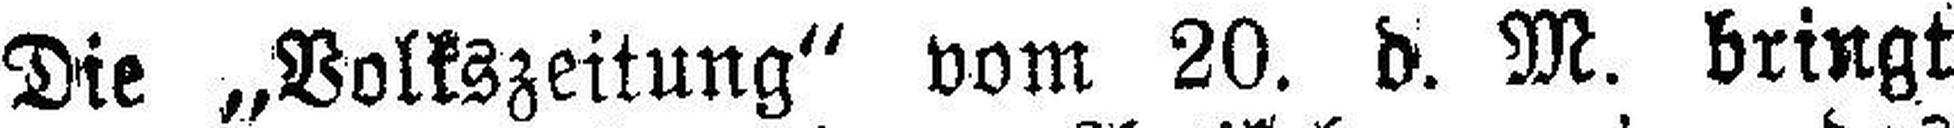
Die „Volkszeitung“ vom 20. d. M. bringt